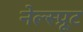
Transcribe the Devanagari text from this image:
नेल्स्प्रूट